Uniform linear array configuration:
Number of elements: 12
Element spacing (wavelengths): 1
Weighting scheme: kaiser
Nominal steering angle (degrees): -15
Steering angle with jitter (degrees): -16.773
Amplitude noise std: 0.05
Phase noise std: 0.05

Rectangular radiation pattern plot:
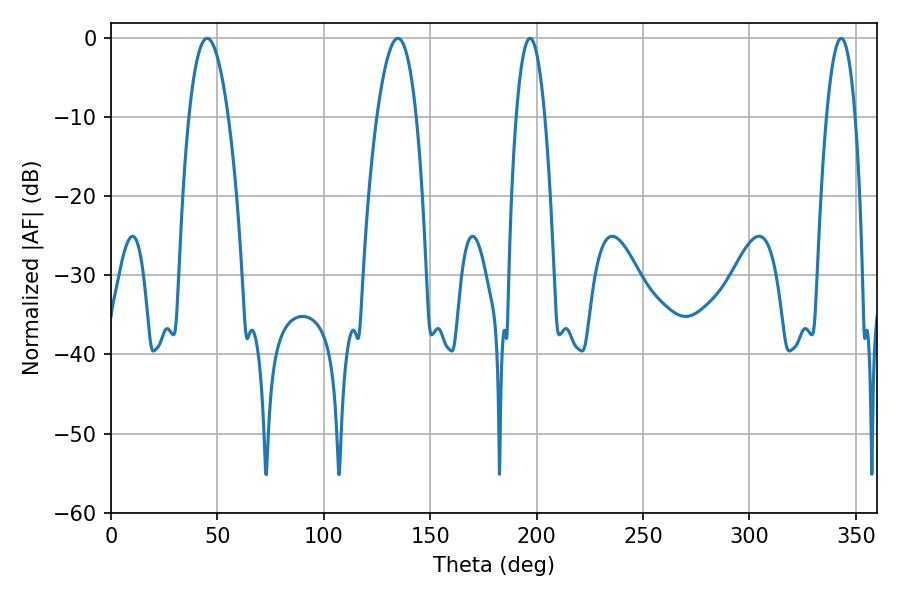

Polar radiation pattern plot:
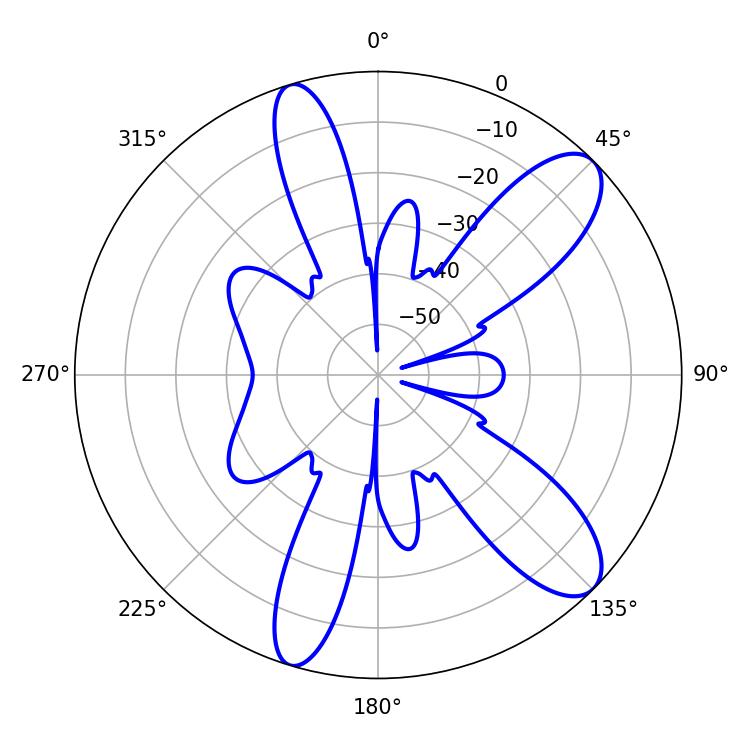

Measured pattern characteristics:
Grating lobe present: TRUE
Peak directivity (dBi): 10.248
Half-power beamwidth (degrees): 10.26
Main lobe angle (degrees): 45.18